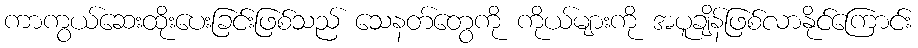
ကာကွယ်ဆေးထိုးပေးခြင်းဖြစ်သည် သေနတ်တွေကို ကိုယ်များကို အပူချိန်ဖြစ်လာနိုင်ကြောင်း